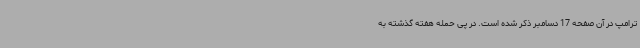
ترامپ در آن صفحه 17 دسامبر ذکر شده است. در پی حمله هفته گذشته به